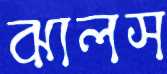
ঝালস